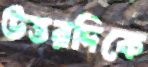
উত্তরদিকে